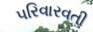
પરિવારવતી